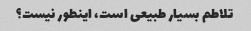
تلاطم بسیار طبیعی است، اینطور نیست؟